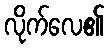
လိုက်လေ၏